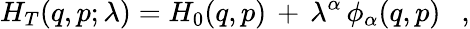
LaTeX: H_{T}(q,p;\lambda)=H_{0}(q,p)\, +\, \lambda^{\alpha}\, \phi_{\alpha}(q,p)\ \ \ ,